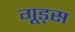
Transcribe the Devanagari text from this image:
गूड्स